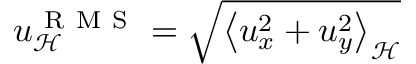
u _ { \mathcal { H } } ^ { \mathrm { ~ R ~ M ~ S ~ } } = \sqrt { \left< u _ { x } ^ { 2 } + u _ { y } ^ { 2 } \right> _ { \mathcal { H } } }